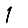
Digit: 1